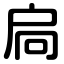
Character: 扃